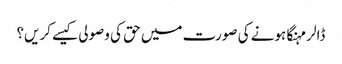
ڈالر مہنگا ہونے کی صورت میں حق کی وصولی کیسے کریں؟